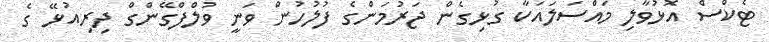
ޓެކްސް އޮޅުވާލި މައްސަލައަކާ ގުޅިގެން ޖަރުމަންގެ ފުލުހުން ވަނީ ވުލްފްގޭންގް ދިރިއުޅޭ ގެ